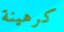
كرهينة